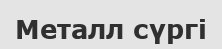
Металл сүргі